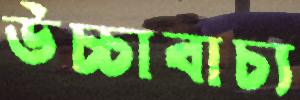
উচ্চাবাচ্য